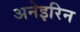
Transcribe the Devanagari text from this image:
अनेइरिन